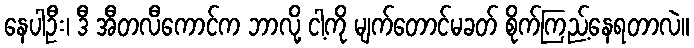
နေပါဦး၊ ဒီ အီတလီကောင်က ဘာလို့ ငါ့ကို မျက်တောင်မခတ် စိုက်ကြည့်နေရတာလဲ။